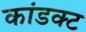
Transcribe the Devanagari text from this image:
कांडक्ट